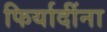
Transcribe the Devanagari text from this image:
फिर्यादींना